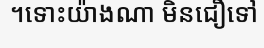
។ទោះយ៉ាងណា មិនជឿទៅ